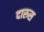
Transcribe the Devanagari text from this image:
दारुस